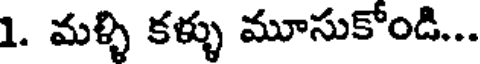
1. మళ్ళి కళ్ళు మూసుకోండి...